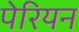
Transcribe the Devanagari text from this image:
पेरियन